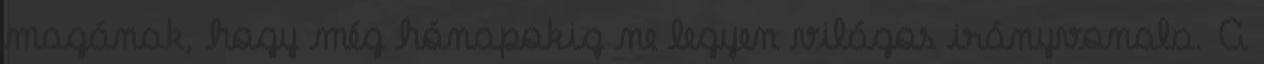
magának, hogy még hónapokig ne legyen világos irányvonala. A